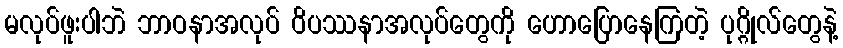
မလုပ်ဖူးပါဘဲ ဘာဝနာအလုပ် ဝိပဿနာအလုပ်တွေကို ဟောပြောနေကြတဲ့ ပုဂ္ဂိုလ်တွေနဲ့